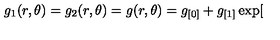
g _ { 1 } ( r , \theta ) = g _ { 2 } ( r , \theta ) = g ( r , \theta ) = g _ { [ 0 ] } + g _ { [ 1 ] } \exp [